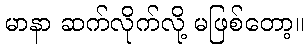
မာနာ ဆက်လိုက်လို့ မဖြစ်တော့။